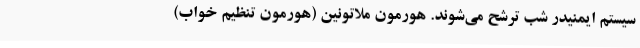
سیستم ایمنیدر شب ترشح می‌شوند. هورمون ملاتونین (هورمون تنظیم خواب)